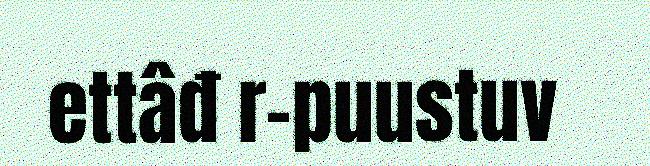
ettâđ r-puustuv